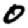
Digit: 0